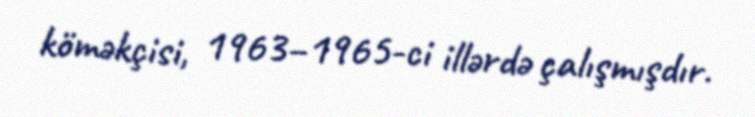
köməkçisi, 1963–1965-ci illərdə çalışmışdır.